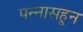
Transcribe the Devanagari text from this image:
पन्‍नासहून